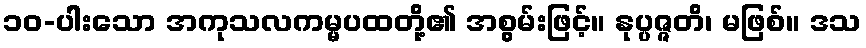
၁၀-ပါးသော အကုသလကမ္မပထတို့၏ အစွမ်းဖြင့်။ နုပ္ပဇ္ဇတိ၊ မဖြစ်။ ဒသ